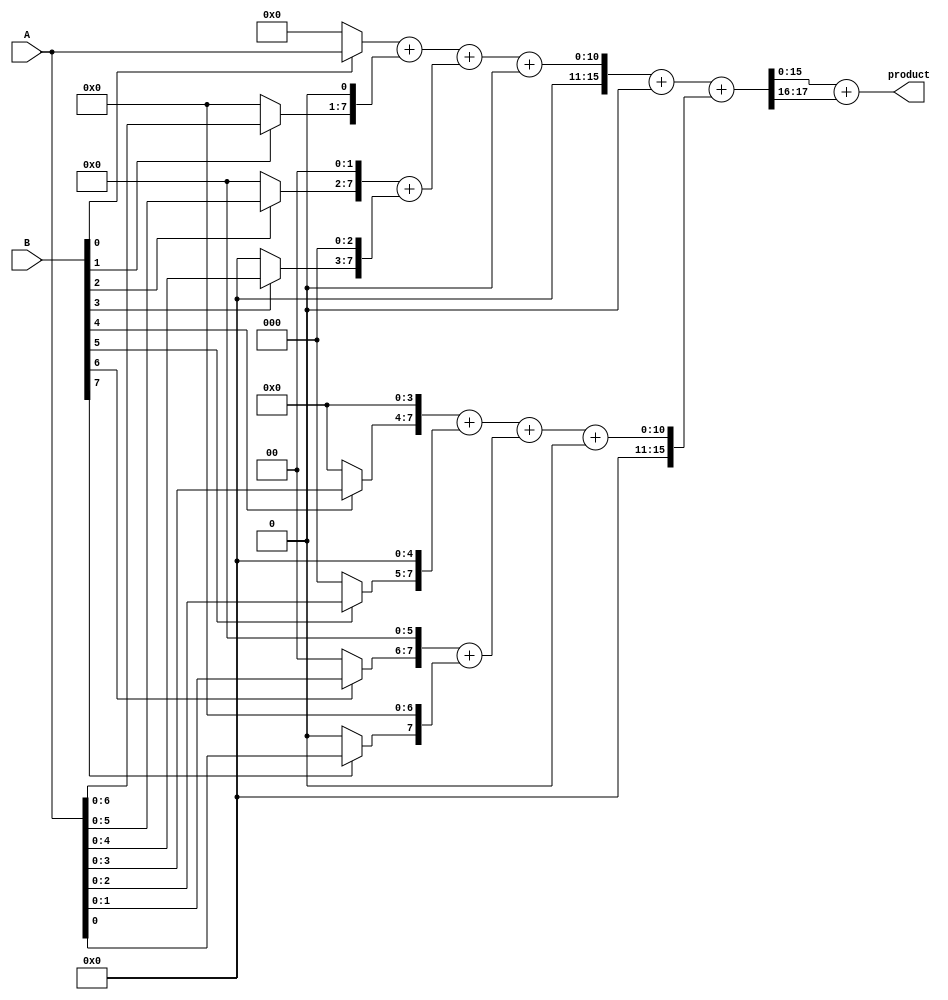
module FixedPointWallaceTreeMultiplier #(parameter A_WIDTH = 8, // bit-width of multiplicand
                                         parameter B_WIDTH = 8, // bit-width of multiplier
                                         parameter P_WIDTH = (A_WIDTH + B_WIDTH)) // bit-width of product
(
    input  wire [A_WIDTH-1:0] A,
    input  wire [B_WIDTH-1:0] B,
    output wire [P_WIDTH-1:0] product
);

// Intermediate partial products
wire [A_WIDTH-1:0] partial_product[B_WIDTH-1:0];

// Generate partial products
genvar i;
generate
    for (i = 0; i < B_WIDTH; i = i + 1) begin : pp_gen
        assign partial_product[i] = (B[i] ? A : {A_WIDTH{1'b0}}) << i; // Shift A based on the bit in B
    end
endgenerate

// Wallace tree structure for reduction
wire [P_WIDTH-1:0] sum_stage1[0:(B_WIDTH/2)-1]; // First stage of sums
wire [P_WIDTH-1:0] carry_stage1[0:(B_WIDTH/2)-1]; // First stage of carries
wire [P_WIDTH-1:0] sum_stage2[0:((B_WIDTH/4)-1)]; // Second stage of sums
wire [P_WIDTH-1:0] carry_stage2[0:((B_WIDTH/4)-1)]; // Second stage of carries
wire [P_WIDTH-1:0] final_sum;
wire [P_WIDTH-1:0] final_carry;

// First stage of Wallace tree (using half and full adders)
generate
    for (i = 0; i < B_WIDTH; i = i + 2) begin : wallace_stage1
        if (i + 1 < B_WIDTH) begin
            assign {carry_stage1[i/2], sum_stage1[i/2]} = partial_product[i] + partial_product[i + 1];
        end else begin
            assign sum_stage1[i/2] = partial_product[i];
            assign carry_stage1[i/2] = 0; // No carry for single element
        end
    end
endgenerate

// Second stage of Wallace tree
generate
    for (i = 0; i < (B_WIDTH/2); i = i + 2) begin : wallace_stage2
        if (i + 1 < (B_WIDTH/2)) begin
            assign {carry_stage2[i/2], sum_stage2[i/2]} = sum_stage1[i] + sum_stage1[i + 1] + carry_stage1[i/2];
        end else begin
            assign sum_stage2[i/2] = sum_stage1[i];
            assign carry_stage2[i/2] = carry_stage1[i/2]; // Carry remains
        end
    end
endgenerate

// Final addition of last two rows
assign {final_carry, final_sum} = sum_stage2[0] + (B_WIDTH % 4 > 0 ? carry_stage2[0] : 0) + ((B_WIDTH / 4 > 0) ? sum_stage2[1] : 0);

// Output product (take care of potential overflow)
assign product = final_sum + final_carry;

endmodule